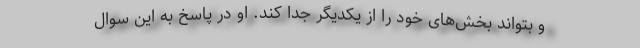
و بتواند بخش‌های خود را از یکدیگر جدا کند. او در پاسخ به این سوال